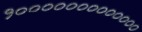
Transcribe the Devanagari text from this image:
१०००००००००००००